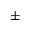
\pm